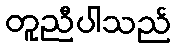
တူညီပါသည်